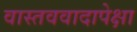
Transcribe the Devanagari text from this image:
वास्तववादापेक्षा